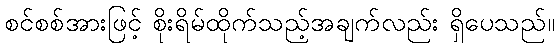
စင်စစ်အားဖြင့် စိုးရိမ်ထိုက်သည့်အချက်လည်း ရှိပေသည်။